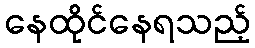
နေထိုင်နေရသည့်